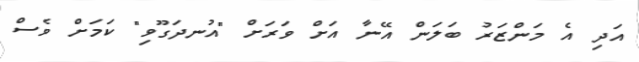
އަދި އެ މަންޒަރު ބަލަން އޭނާ އަށް ވަރަށް "އުނދަގޫވި" ކަމަށް ވެސް